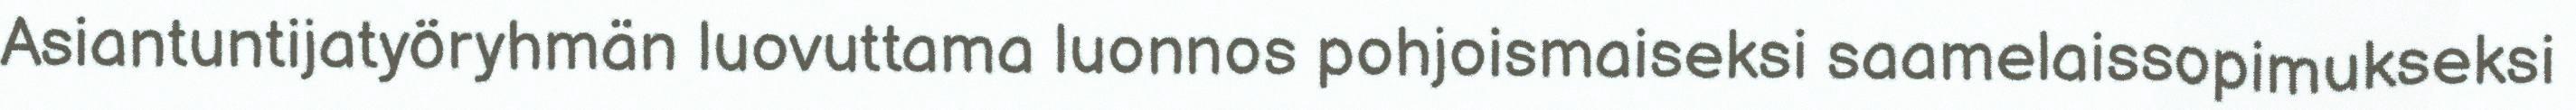
Asiantuntijatyöryhmän luovuttama luonnos pohjoismaiseksi saamelaissopimukseksi